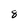
Character: 8